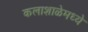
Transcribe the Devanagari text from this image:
कलाशाळेमध्ये